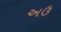
અઉ